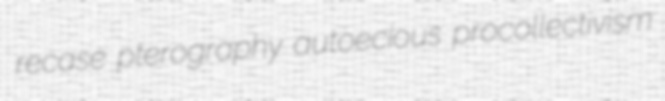
recase pterography autoecious procollectivism